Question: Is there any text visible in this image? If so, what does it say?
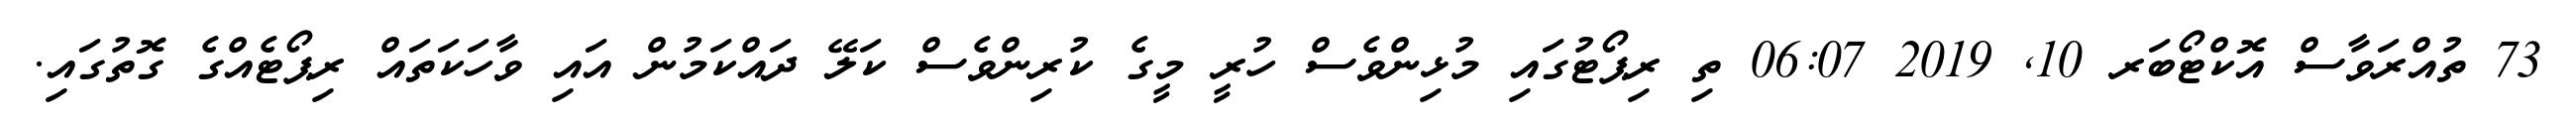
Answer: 73 ތުއްރަވާސް އޮކްޓޯބަރ 10, 2019 06:07 ތި ރިޕޯޓުގައި މުޅިންވެސް ހުރީ މީގެ ކުރިންވެސް ކަލޭ ދައްކަމުން އައި ވާހަކަތައް ރިޕޯޓެއްގެ ގޮތުގައި.